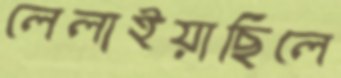
লেলাইয়াছিলে